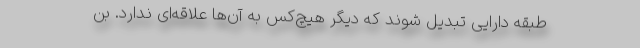
طبقه دارایی تبدیل شوند که دیگر هیچ‌کس به آن‌ها علاقه‌ای ندارد. بن